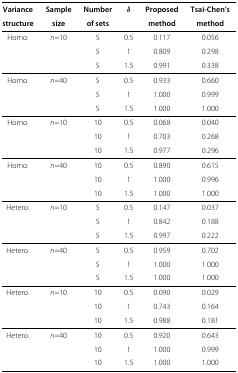
<table><thead><tr><td colspan="6"><b> </b></td><td><b> </b></td><td><b> </b></td><td><b> </b></td><td><b> </b></td><td><b> </b></td><td><b> </b></td><td><b> </b></td><td><b> </b></td><td><b> </b></td><td><b> </b></td><td><b> </b></td><td><b> </b></td></tr><tr><td><b>Variance</b></td><td><b>Sample</b></td><td><b>Number</b></td><td><b><i>δ</i></b></td><td><b>Proposed</b></td><td><b>Tsai-Chen’s</b></td><td><b> </b></td><td><b> </b></td><td><b> </b></td><td><b> </b></td><td><b> </b></td><td><b> </b></td><td><b> </b></td><td><b> </b></td><td><b> </b></td><td><b> </b></td><td><b> </b></td><td><b> </b></td></tr><tr><td><b>structure</b></td><td><b>size</b></td><td><b>of sets</b></td><td><b> </b></td><td><b>method</b></td><td><b>method</b></td><td><b> </b></td><td><b> </b></td><td><b> </b></td><td><b> </b></td><td><b> </b></td><td><b> </b></td><td><b> </b></td><td><b> </b></td><td><b> </b></td><td><b> </b></td><td><b> </b></td><td><b> </b></td></tr></thead><tbody><tr><td>Homo.</td><td><i>n</i>=10</td><td>5</td><td>0.5</td><td>0.117</td><td>0.056</td><td> </td><td> </td><td> </td><td> </td><td> </td><td> </td><td> </td><td> </td><td> </td><td> </td><td> </td><td> </td></tr><tr><td> </td><td> </td><td>5</td><td>1</td><td>0.809</td><td>0.298</td><td> </td><td> </td><td> </td><td> </td><td> </td><td> </td><td> </td><td> </td><td> </td><td> </td><td> </td><td> </td></tr><tr><td> </td><td> </td><td>5</td><td>1.5</td><td>0.991</td><td>0.338</td><td> </td><td> </td><td> </td><td> </td><td> </td><td> </td><td> </td><td> </td><td> </td><td> </td><td> </td><td> </td></tr><tr><td>Homo.</td><td><i>n</i>=40</td><td>5</td><td>0.5</td><td>0.933</td><td>0.660</td><td> </td><td> </td><td> </td><td> </td><td> </td><td> </td><td> </td><td> </td><td> </td><td> </td><td> </td><td> </td></tr><tr><td> </td><td> </td><td>5</td><td>1</td><td>1.000</td><td>0.999</td><td> </td><td> </td><td> </td><td> </td><td> </td><td> </td><td> </td><td> </td><td> </td><td> </td><td> </td><td> </td></tr><tr><td> </td><td> </td><td>5</td><td>1.5</td><td>1.000</td><td>1.000</td><td> </td><td> </td><td> </td><td> </td><td> </td><td> </td><td> </td><td> </td><td> </td><td> </td><td> </td><td> </td></tr><tr><td>Homo.</td><td><i>n</i>=10</td><td>10</td><td>0.5</td><td>0.068</td><td>0.040</td><td> </td><td> </td><td> </td><td> </td><td> </td><td> </td><td> </td><td> </td><td> </td><td> </td><td> </td><td> </td></tr><tr><td> </td><td> </td><td>10</td><td>1</td><td>0.703</td><td>0.268</td><td> </td><td> </td><td> </td><td> </td><td> </td><td> </td><td> </td><td> </td><td> </td><td> </td><td> </td><td> </td></tr><tr><td> </td><td> </td><td>10</td><td>1.5</td><td>0.977</td><td>0.296</td><td> </td><td> </td><td> </td><td> </td><td> </td><td> </td><td> </td><td> </td><td> </td><td> </td><td> </td><td> </td></tr><tr><td>Homo.</td><td><i>n</i>=40</td><td>10</td><td>0.5</td><td>0.890</td><td>0.615</td><td> </td><td> </td><td> </td><td> </td><td> </td><td> </td><td> </td><td> </td><td> </td><td> </td><td> </td><td> </td></tr><tr><td> </td><td> </td><td>10</td><td>1</td><td>1.000</td><td>0.996</td><td> </td><td> </td><td> </td><td> </td><td> </td><td> </td><td> </td><td> </td><td> </td><td> </td><td> </td><td> </td></tr><tr><td> </td><td> </td><td>10</td><td>1.5</td><td>1.000</td><td>1.000</td><td> </td><td> </td><td> </td><td> </td><td> </td><td> </td><td> </td><td> </td><td> </td><td> </td><td> </td><td> </td></tr><tr><td>Hetero.</td><td><i>n</i>=10</td><td>5</td><td>0.5</td><td>0.147</td><td>0.037</td><td> </td><td> </td><td> </td><td> </td><td> </td><td> </td><td> </td><td> </td><td> </td><td> </td><td> </td><td> </td></tr><tr><td> </td><td> </td><td>5</td><td>1</td><td>0.842</td><td>0.188</td><td> </td><td> </td><td> </td><td> </td><td> </td><td> </td><td> </td><td> </td><td> </td><td> </td><td> </td><td> </td></tr><tr><td> </td><td> </td><td>5</td><td>1.5</td><td>0.997</td><td>0.222</td><td> </td><td> </td><td> </td><td> </td><td> </td><td> </td><td> </td><td> </td><td> </td><td> </td><td> </td><td> </td></tr><tr><td>Hetero.</td><td><i>n</i>=40</td><td>5</td><td>0.5</td><td>0.959</td><td>0.702</td><td> </td><td> </td><td> </td><td> </td><td> </td><td> </td><td> </td><td> </td><td> </td><td> </td><td> </td><td> </td></tr><tr><td> </td><td> </td><td>5</td><td>1</td><td>1.000</td><td>1.000</td><td> </td><td> </td><td> </td><td> </td><td> </td><td> </td><td> </td><td> </td><td> </td><td> </td><td> </td><td> </td></tr><tr><td> </td><td> </td><td>5</td><td>1.5</td><td>1.000</td><td>1.000</td><td> </td><td> </td><td> </td><td> </td><td> </td><td> </td><td> </td><td> </td><td> </td><td> </td><td> </td><td> </td></tr><tr><td>Hetero.</td><td><i>n</i>=10</td><td>10</td><td>0.5</td><td>0.090</td><td>0.029</td><td> </td><td> </td><td> </td><td> </td><td> </td><td> </td><td> </td><td> </td><td> </td><td> </td><td> </td><td> </td></tr><tr><td> </td><td> </td><td>10</td><td>1</td><td>0.743</td><td>0.164</td><td> </td><td> </td><td> </td><td> </td><td> </td><td> </td><td> </td><td> </td><td> </td><td> </td><td> </td><td> </td></tr><tr><td> </td><td> </td><td>10</td><td>1.5</td><td>0.988</td><td>0.181</td><td> </td><td> </td><td> </td><td> </td><td> </td><td> </td><td> </td><td> </td><td> </td><td> </td><td> </td><td> </td></tr><tr><td>Hetero.</td><td><i>n</i>=40</td><td>10</td><td>0.5</td><td>0.920</td><td>0.643</td><td> </td><td> </td><td> </td><td> </td><td> </td><td> </td><td> </td><td> </td><td> </td><td> </td><td> </td><td> </td></tr><tr><td> </td><td> </td><td>10</td><td>1</td><td>1.000</td><td>0.999</td><td> </td><td> </td><td> </td><td> </td><td> </td><td> </td><td> </td><td> </td><td> </td><td> </td><td> </td><td> </td></tr><tr><td> </td><td> </td><td>10</td><td>1.5</td><td>1.000</td><td>1.000</td><td> </td><td> </td><td> </td><td> </td><td> </td><td> </td><td> </td><td> </td><td> </td><td> </td><td> </td><td> </td></tr></tbody></table>